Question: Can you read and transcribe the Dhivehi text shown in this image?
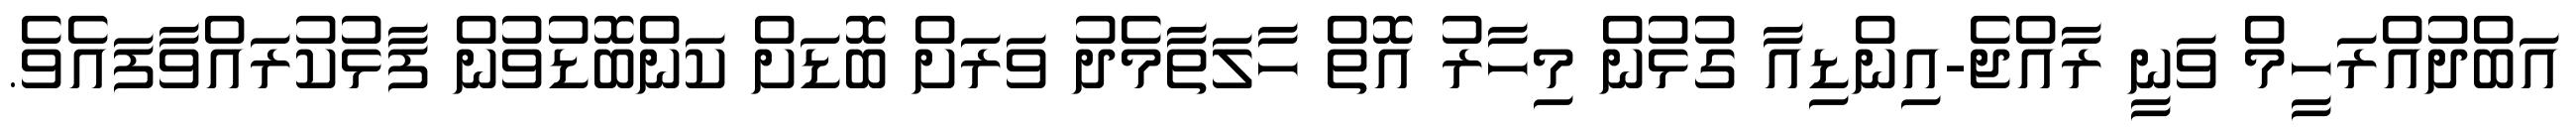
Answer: އަބްދުއްރަހީމް ވަނީ ރާއްޖެ-އިންޑިއާ ގުޅުން މިހާރު އޮތް ހާލަތާމެދު ވަރަށް ބޮޑަށް ކަންބޮޑުވުން ފާޅުކުރައްވާފައެވެ.